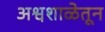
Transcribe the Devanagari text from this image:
अश्वशाळेतून